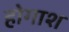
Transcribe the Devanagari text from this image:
होगाश